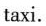
taxi.